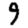
Digit: 9